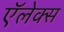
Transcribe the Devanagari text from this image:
ऍलेक्स